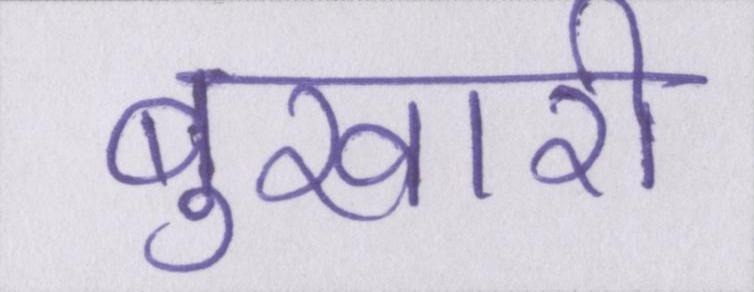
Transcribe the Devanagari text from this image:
बुखारी